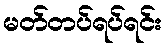
မတ်တပ်ရပ်ရင်း